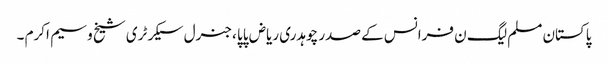
پاکستان مسلم لیگ ن فرانس کے صدر چوہدری ریاض پاپا ،جنرل سیکرٹری شیخ وسیم اکرم ۔